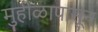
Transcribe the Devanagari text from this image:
मुहीळापासून